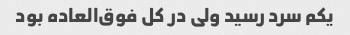
یکم سرد رسید ولی در کل فوق‌العاده بود